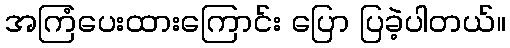
အကြံပေးထားကြောင်း ပြော ပြခဲ့ပါတယ်။